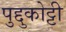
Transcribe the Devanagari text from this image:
पुद्दुकोट्टी